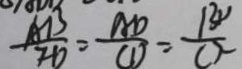
\frac { A B } { F D } = \frac { A D } { C D } = \frac { B v } { C \lambda }